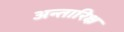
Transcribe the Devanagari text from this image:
अन्तारिक्ष